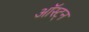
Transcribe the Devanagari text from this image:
ऑस्ट्न